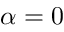
\alpha = 0